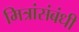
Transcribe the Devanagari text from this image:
मित्रांसंबंधी